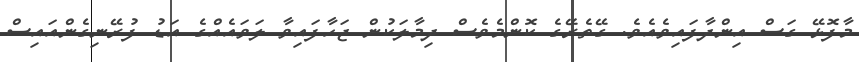
މާފޮޅޭ ގަސް އިންދާފައިވެއެވެ. ގޭތެރޭގެ ކޮންމެވެސް ދިމާލަކުން ޖަހާފައިވާ ލަވައެއްގެ އަޑު ފުރޭނިގެންއައިސް